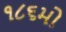
૧૮૬મો